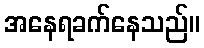
အနေရခက်နေသည်။